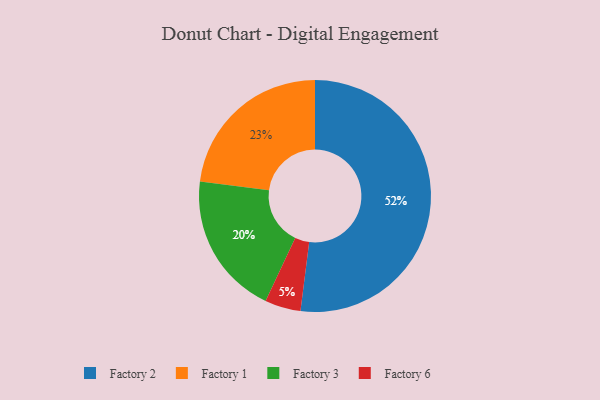
{"axis": {"x": "Category", "y": "Percentage"}, "legend": ["Factory 1", "Factory 2", "Factory 3", "Factory 6"], "data": [{"x": "Factory 2", "y": 52, "type": "Factory 2"}, {"x": "Factory 1", "y": 23, "type": "Factory 1"}, {"x": "Factory 3", "y": 20, "type": "Factory 3"}, {"x": "Factory 6", "y": 5, "type": "Factory 6"}]}